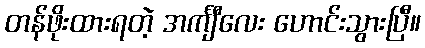
တန်ဖိုးထားရတဲ့ အင်္ကျီလေး ဟောင်းသွားပြီ။